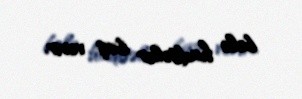
belə hadisələr baş verir.